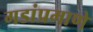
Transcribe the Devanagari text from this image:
गडांप्रमाणे